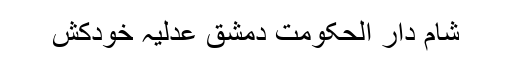
شام دار الحکومت دمشق عدلیہ خودکش